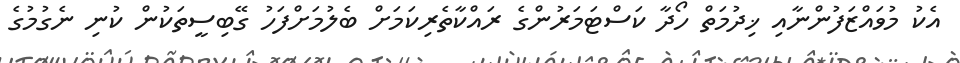
އެކު މުވައްޒަފުންނާއި ޚިދުމަތް ހޯދާ ކަސްޓަމަރުންގެ ރައްކާތެރިކަމަށް ބެލުމަށްފަހު ގޭބިސީތަކުން ކުނި ނެގުމުގެ